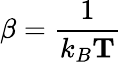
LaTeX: \beta=\frac{1}{k_{B}\mathbf{T}}